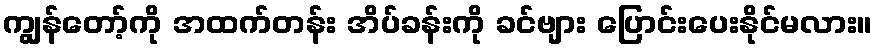
ကျွန်တော့်ကို အထက်တန်း အိပ်ခန်းကို ခင်ဗျား ပြောင်းပေးနိုင်မလား။